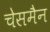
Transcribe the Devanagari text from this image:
चेसमैन